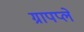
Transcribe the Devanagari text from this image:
ग्रापप्ले